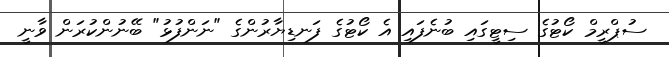
ސުޕްރީމް ކޯޓުގެ ސިޓީގައި ބުނެފައި އެ ކޯޓުގެ ފަނޑިޔާރުންގެ "ނަންފުޅު" ބޭނުންކުރަން ވާނީ